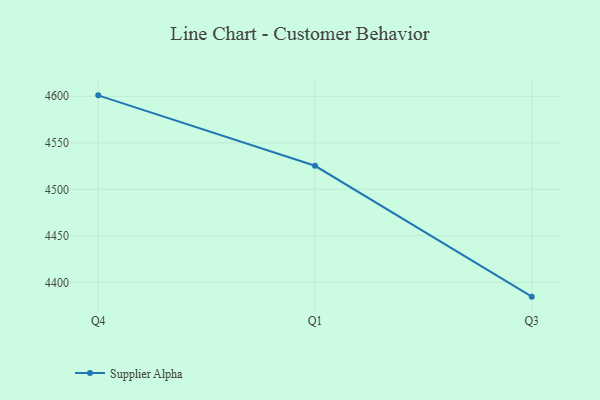
{"axis": {"x": "Quarter", "y": "LTV (USD)"}, "legend": ["Supplier Alpha"], "data": [{"x": "Q4", "y": 4601.0, "type": "Supplier Alpha"}, {"x": "Q1", "y": 4525.3, "type": "Supplier Alpha"}, {"x": "Q3", "y": 4384.6, "type": "Supplier Alpha"}]}